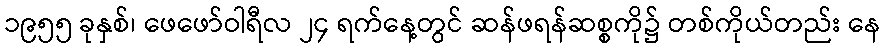
၁၉၅၅ ခုနှစ်၊ ဖေဖော်ဝါရီလ ၂၄ ရက်နေ့တွင် ဆန်ဖရန်ဆစ္စကို၌ တစ်ကိုယ်တည်း နေ